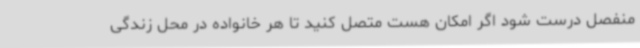
منفصل درست شود اگر امکان هست متصل کنید تا هر خانواده در محل زندگی